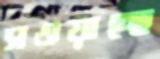
সওয়াচ্ছে